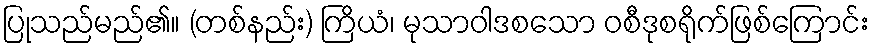
ပြုသည်မည်၏။ (တစ်နည်း) ကြိယံ၊ မုသာဝါဒစသော ဝစီဒုစရိုက်ဖြစ်ကြောင်း